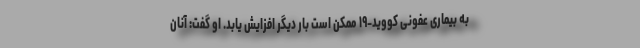
به بیماری عفونی کووید-۱۹ ممکن است بار دیگر افزایش یابد. او گفت: آنان